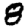
Digit: 8